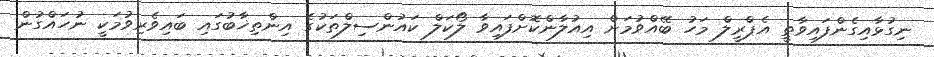
ނިގުޅާއިގެންފައިވާތީ އެޕްރީލް މަހު ބޭއްވުމަށް އިއުލާންކޮށްފައިވާ ލޯކަލް ކައުންސިލްތަކުގެ އިންތިޚާބުގައި ބައިވެރިވުމަކީ ނުހައްގުން